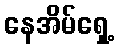
နေအိမ်ရှေ့